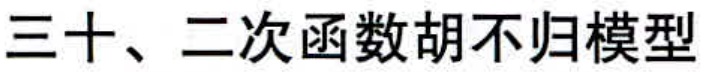
三十、二次函数胡不归模型